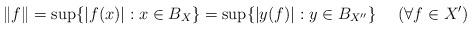
LaTeX: \begin{align*} \|f\|=\sup\{|f(x)|: x\in B_X\}=\sup\{|y(f)|: y\in B_{X''}\} \ \ \ \ (\forall f\in X')\end{align*}